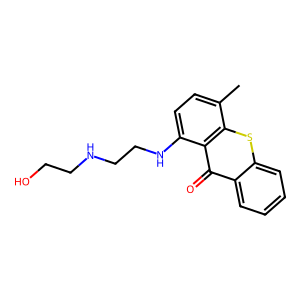
SMILES: Cc1ccc(NCCNCCO)c2c(=O)c3ccccc3sc12
Inhibits HIV replication: No